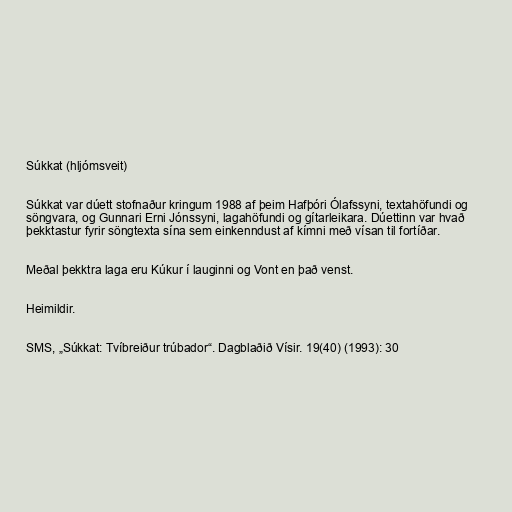
Súkkat (hljómsveit)

Súkkat var dúett stofnaður kringum 1988 af þeim Hafþóri Ólafssyni, textahöfundi og
söngvara, og Gunnari Erni Jónssyni, lagahöfundi og gítarleikara. Dúettinn var hvað
þekktastur fyrir söngtexta sína sem einkenndust af kímni með vísan til fortíðar.

Meðal þekktra laga eru Kúkur í lauginni og Vont en það venst.

Heimildir.

SMS, „Súkkat: Tvíbreiður trúbador“. Dagblaðið Vísir. 19(40) (1993): 30